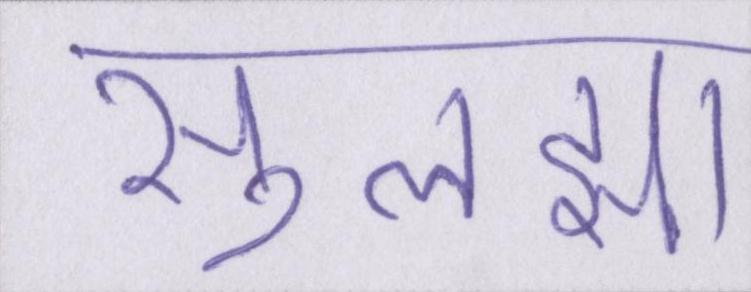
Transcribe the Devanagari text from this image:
सुलझा